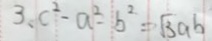
3 、 c ^ { 2 } - a ^ { 2 } - b ^ { 2 } = \sqrt { 3 } a b